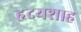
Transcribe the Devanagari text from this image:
हृदयशाह